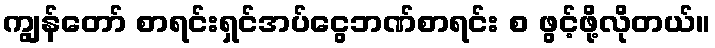
ကျွန်တော် စာရင်းရှင်အပ်ငွေဘဏ်စာရင်း စ ဖွင့်ဖို့လိုတယ်။